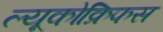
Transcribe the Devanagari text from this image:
ल्यूकोक्रिफस